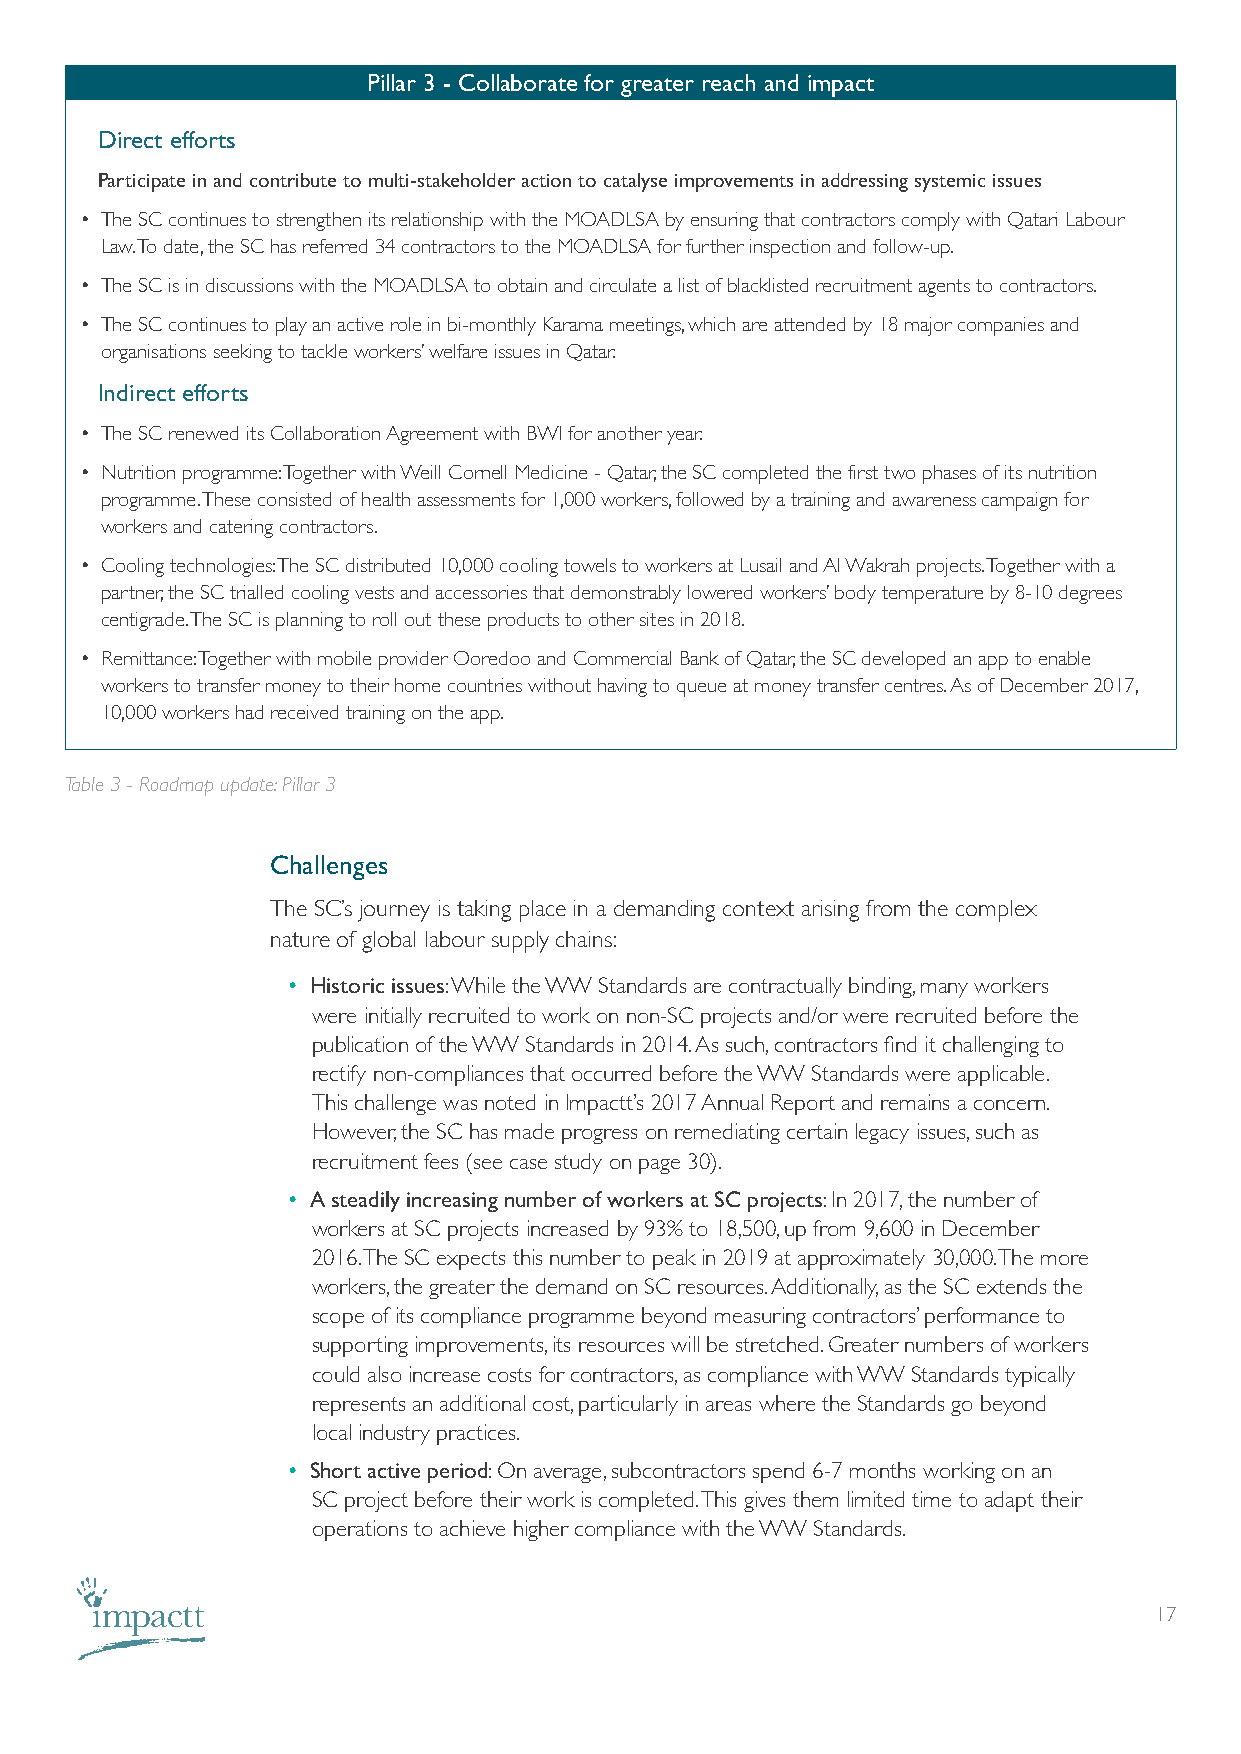
Pillar 3 - Collaborate for greater reach and impact
 Direct efforts
 Participate in and contribute to multi-stakeholder action to catalyse improvements in addressing systemic issues
 • The SC continues to strengthen its relationship with the MOADLSA by ensuring that contractors comply with Qatari Labour
 Law. To date, the SC has referred 34 contractors to the MOADLSA for further inspection and follow-up.
 • The SC is in discussions with the MOADLSA to obtain and circulate a list of blacklisted recruitment agents to contractors.
 • The SC continues to play an active role in bi-monthly Karama meetings, which are attended by 18 major companies and
 organisations seeking to tackle workers’ welfare issues in Qatar.
 Indirect efforts
 • The SC renewed its Collaboration Agreement with BWI for another year.
 • Nutrition programme: Together with Weill Cornell Medicine - Qatar, the SC completed the first two phases of its nutrition
 programme. These consisted of health assessments for 1,000 workers, followed by a training and awareness campaign for
 workers and catering contractors.
 • Cooling technologies: The SC distributed 10,000 cooling towels to workers at Lusail and Al Wakrah projects. Together with a
 partner, the SC trialled cooling vests and accessories that demonstrably lowered workers’ body temperature by 8-10 degrees
 centigrade. The SC is planning to roll out these products to other sites in 2018.
 • Remittance: Together with mobile provider Ooredoo and Commercial Bank of Qatar, the SC developed an app to enable
 workers to transfer money to their home countries without having to queue at money transfer centres. As of December 2017,
 10,000 workers had received training on the app.
 Table 3 - Roadmap update: Pillar 3
 Challenges
 The SC’s journey is taking place in a demanding context arising from the complex
 nature of global labour supply chains:
 • Historic issues: While the WW Standards are contractually binding, many workers
 were initially recruited to work on non-SC projects and/or were recruited before the
 publication of the WW Standards in 2014. As such, contractors find it challenging to
 rectify non-compliances that occurred before the WW Standards were applicable.
 This challenge was noted in Impactt’s 2017 Annual Report and remains a concern.
 However, the SC has made progress on remediating certain legacy issues, such as
 recruitment fees (see case study on page 30).
 • A steadily increasing number of workers at SC projects: In 2017, the number of
 workers at SC projects increased by 93% to 18,500, up from 9,600 in December
 2016. The SC expects this number to peak in 2019 at approximately 30,000. The more
 workers, the greater the demand on SC resources. Additionally, as the SC extends the
 scope of its compliance programme beyond measuring contractors’ performance to
 supporting improvements, its resources will be stretched. Greater numbers of workers
 could also increase costs for contractors, as compliance with WW Standards typically
 represents an additional cost, particularly in areas where the Standards go beyond
 local industry practices.
 • Short active period: On average, subcontractors spend 6-7 months working on an
 SC project before their work is completed. This gives them limited time to adapt their
 operations to achieve higher compliance with the WW Standards.
 17